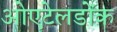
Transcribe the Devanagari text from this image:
ओएटेलडोंक